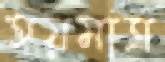
হয়মাত্র